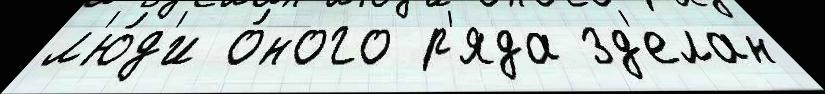
л'ю́д'и о́ного р'яда зд'елан